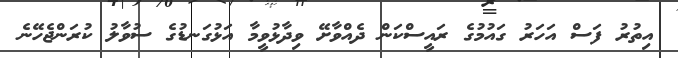
އިތުރު ފަސް އަހަރު ގައުމުގެ ރައީސްކަން ދެއްވާށޭ ވިދާޅުވީމާ އަޅުގަނޑުގެ ސުވާލު ކުރަންޖެހޭނެ